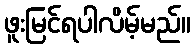
ဖူးမြင်ရပါလိမ့်မည်။